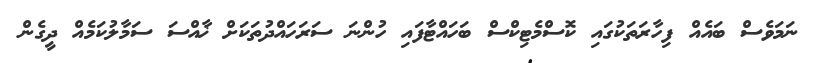
ނަމަވެސް ބައެއް ފިހާރަތަކުގައި ކޮސްމެޓިކްސް ބަހައްޓާފައި ހުންނަ ސަރަހައްދުތަކަށް ޚާއްސަ ސަމާލުކަމެއް ދީގެން